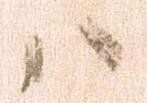
ハ